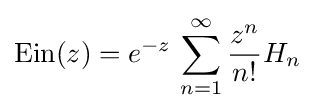
\operatorname {Ein} (z)=e^{-z}\,\sum _{n=1}^{\infty }{\frac {z^{n}}{n!}}H_{n}